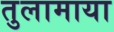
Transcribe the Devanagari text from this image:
तुलामाया